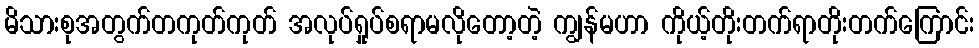
မိသားစုအတွက်တကုတ်ကုတ် အလုပ်ရှုပ်စရာမလိုတော့တဲ့ ကျွန်မဟာ ကိုယ့်တိုးတက်ရာတိုးတက်ကြောင်း